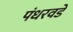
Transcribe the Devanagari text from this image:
पंधरवडे